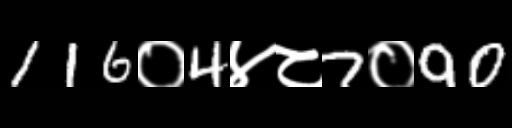
Text: 116०4४८7०90